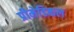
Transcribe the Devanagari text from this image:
प्रीमेडिकल